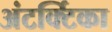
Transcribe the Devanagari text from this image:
अंटर्क्टिका